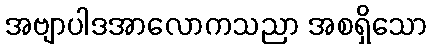
အဗျာပါဒအာလောကသညာ အစရှိသော